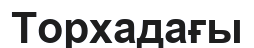
Торхадағы